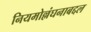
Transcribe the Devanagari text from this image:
नियमोल्लंघनाबद्दल